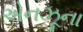
એનઝૂના